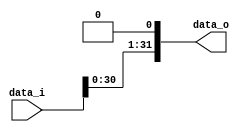
module Shift(
    data_i,
    data_o
);

input [31:0] data_i;
output reg [31:0] data_o;

always@(data_i) 
    data_o = data_i << 1;

endmodule